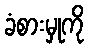
ခံစားမှုကို